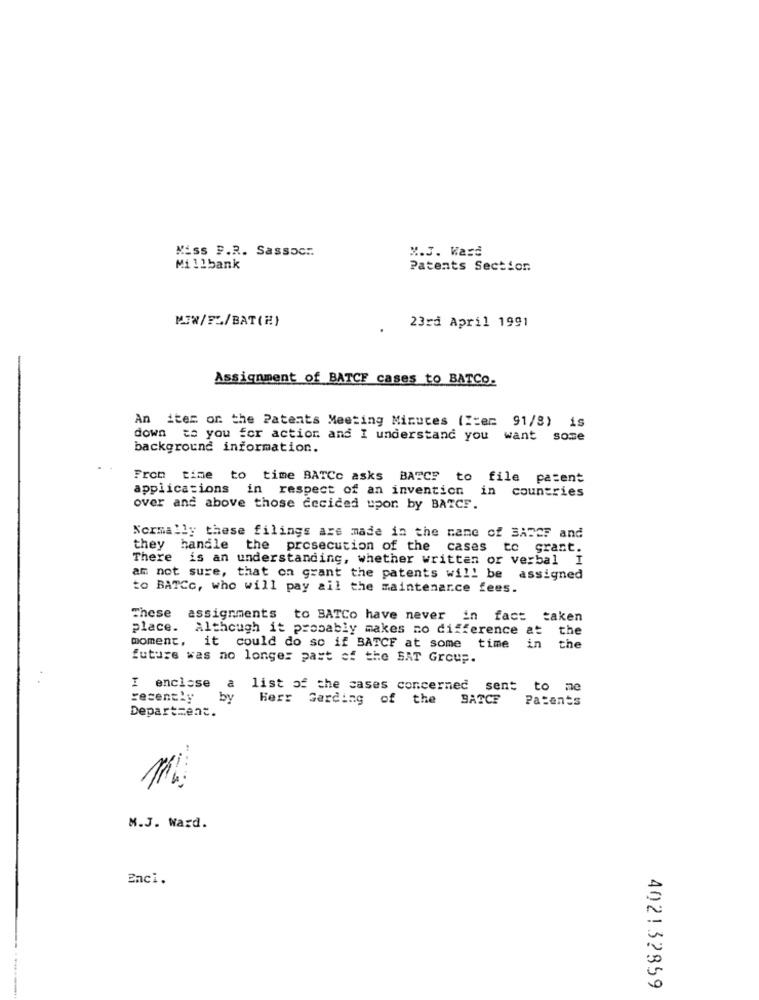
Kiss F.R. Sassoc :.
*. J. Ward
Millbank
Patents Section
MIW/FL/BAT(H)
23rd April 1991
Assignment of BATCF cases to BATCO.
An item or the Patents Meeting Minutes (Item 91/8) is
down to you for action and I understand you want some
background information.
From
time to time BATCc asks BATCF to file patent
applications in respect of an invention in countries
over and above those decided upor by BATCF.
Normally these filings are made in the name of BADCF and
they handle the prosecution of the cases to grant.
There is an understanding, whether written or verbal I
am not sure, that on grant the patents will be
assigned
to BATCc, who will pay all the maintenance fees.
These
assignments to BATCo have never in fact taken
place. Although it probably makes no difference at
the
moment.
it could do so if BATCF at some time
the
future was no longer past of the SAT Group.
I enclose
list of the cases concerned sent to me
recently
by
Herr Garding of the BATCF
Patents
Department.
M.J. Ward.
Enci.
402132859